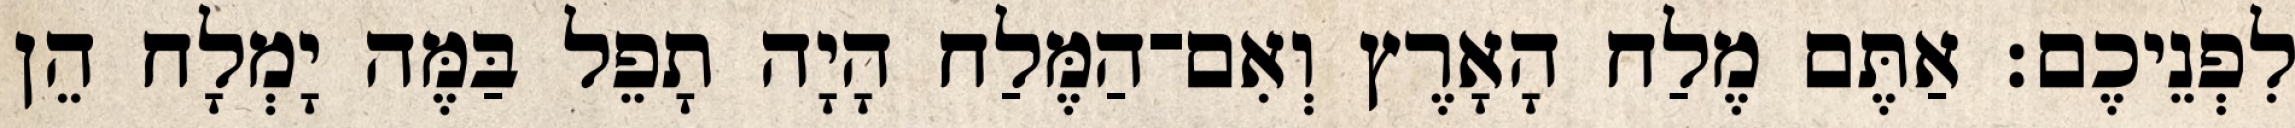
לִפְנֵיכֶם׃ אַתֶּם מֶלַח הָאָרֶץ וְאִם־הַמֶּלַח הָיָה תָפֵל בַּמֶּה יָמְלָח הֵן